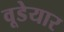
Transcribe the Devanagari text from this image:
वूडेयार